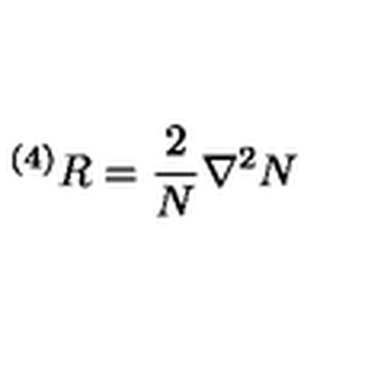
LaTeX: ^ { \left( 4 \right) } R = \frac { 2 } { N } \nabla ^ { 2 } N